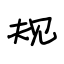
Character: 规